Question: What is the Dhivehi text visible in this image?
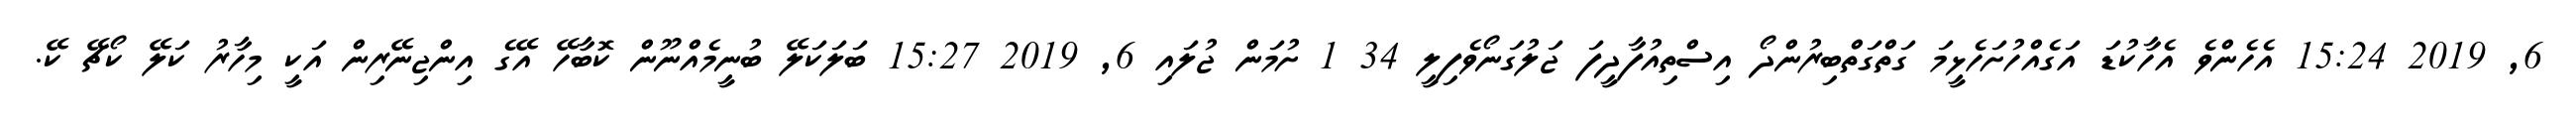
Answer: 6, 2019 15:24 އެހެންވެ އެހާކުޑަ އަގެއްހުށަހެޅީމަ ގަތްގަތްބިރުންދޯ އިސްތިއުފާދީފަ ޖަލުގަނޯވެފިލީ 34 1 ށުމަން ޖުލައި 6, 2019 15:27 ބަލަކަލޭ ބުނީމެއްނޫން ކޮބާހޭ އޭގެ އިންޖިނޭރިން އަކީ މިހާރު ކަލޭ ކޯޗޭ ކޭ.